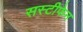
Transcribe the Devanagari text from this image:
सस्टीफेन